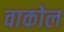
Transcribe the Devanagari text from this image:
वाकोल